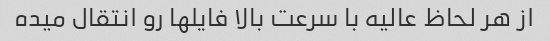
از هر لحاظ عالیه با سرعت بالا فایلها رو انتقال میده